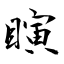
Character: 瞚